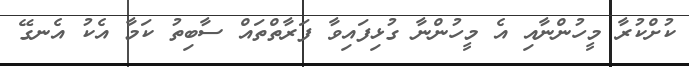
ކުށްކުރާ މީހުންނާއި އެ މީހުންނާ ގުޅިފައިވާ ފަރާތްތައް ސާބިތު ކަމާ އެކު އެނގޭ